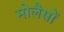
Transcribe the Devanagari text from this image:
मोलैसों